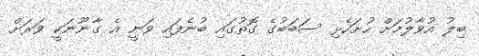
ބިލު އުވާލުމަށް ހުށަހެޅި ސަބަބުގެ ގޮތުގައި ބުނެފައި ވަނީ އެ ގާނޫނަކީ ވަރަށް